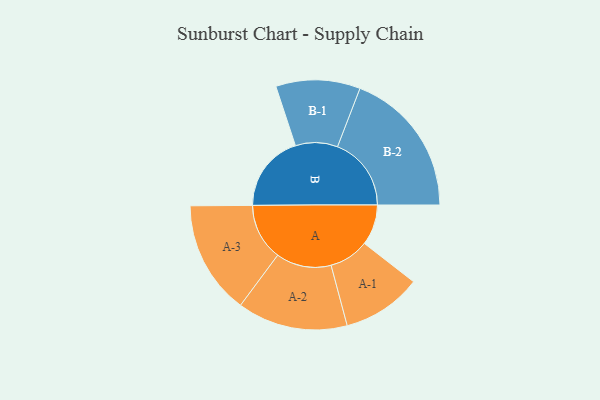
{"axis": {"x": "Segment", "y": "Value"}, "legend": ["", "A", "B"], "data": [{"x": "A", "y": 155, "type": ""}, {"x": "B", "y": 295, "type": ""}, {"x": "A-1", "y": 152, "type": "A"}, {"x": "A-2", "y": 211, "type": "A"}, {"x": "A-3", "y": 217, "type": "A"}, {"x": "B-1", "y": 161, "type": "B"}, {"x": "B-2", "y": 282, "type": "B"}]}